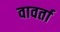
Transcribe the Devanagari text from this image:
वावर्ता